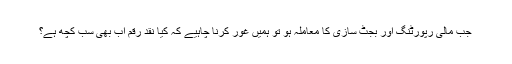
جب مالی رپورٹنگ اور بجٹ سازی کا معاملہ ہو تو ہمیں غور کرنا چاہیے کہ کیا نقد رقم اب بھی سب کچھ ہے؟